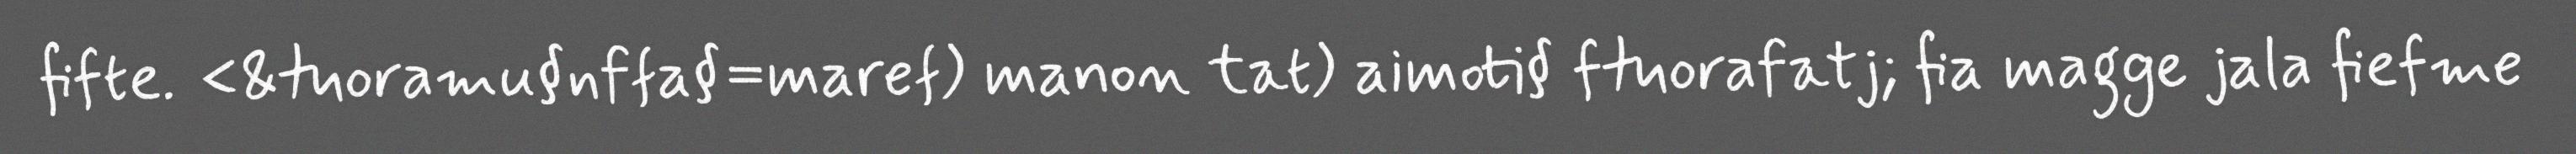
fifte. <&tuoramu§nffa§=maref) manon tat) aimoti§ ftuorafatj; fia magge jala fiefme